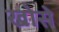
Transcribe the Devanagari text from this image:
खोसे